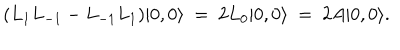
( L _ { 1 } L _ { - 1 } - L _ { - 1 } L _ { 1 } ) | 0 , 0 \rangle \ = \ 2 L _ { 0 } | 0 , 0 \rangle \ = \ 2 A | 0 , 0 \rangle .